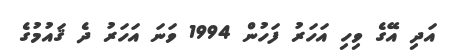
އަދި އޭގެ ވިހި އަހަރު ފަހުން 1994 ވަނަ އަހަރު ދެ ޤައުމުގެ